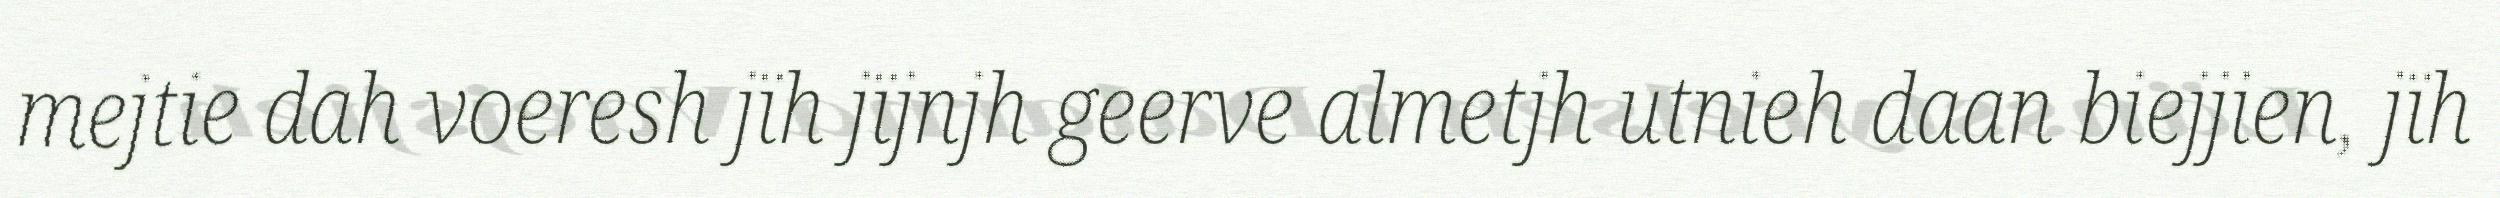
mejtie dah voeresh jïh jïjnjh geerve almetjh utnieh daan biejjien, jïh